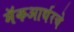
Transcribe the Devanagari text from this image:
मॅकआर्थरचे